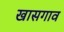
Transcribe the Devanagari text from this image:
खासगाव